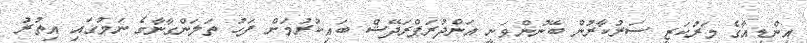
އިންޑިއާގެ މަރުކަޒީ ސަރުކާރުން ބޭނުންވަނީ އަންދުރަޕްރަދޭޝް ބައިކުރުމަށް ފަހު ތަލަންގާނާގެ ނަމުގައި އިތުރު